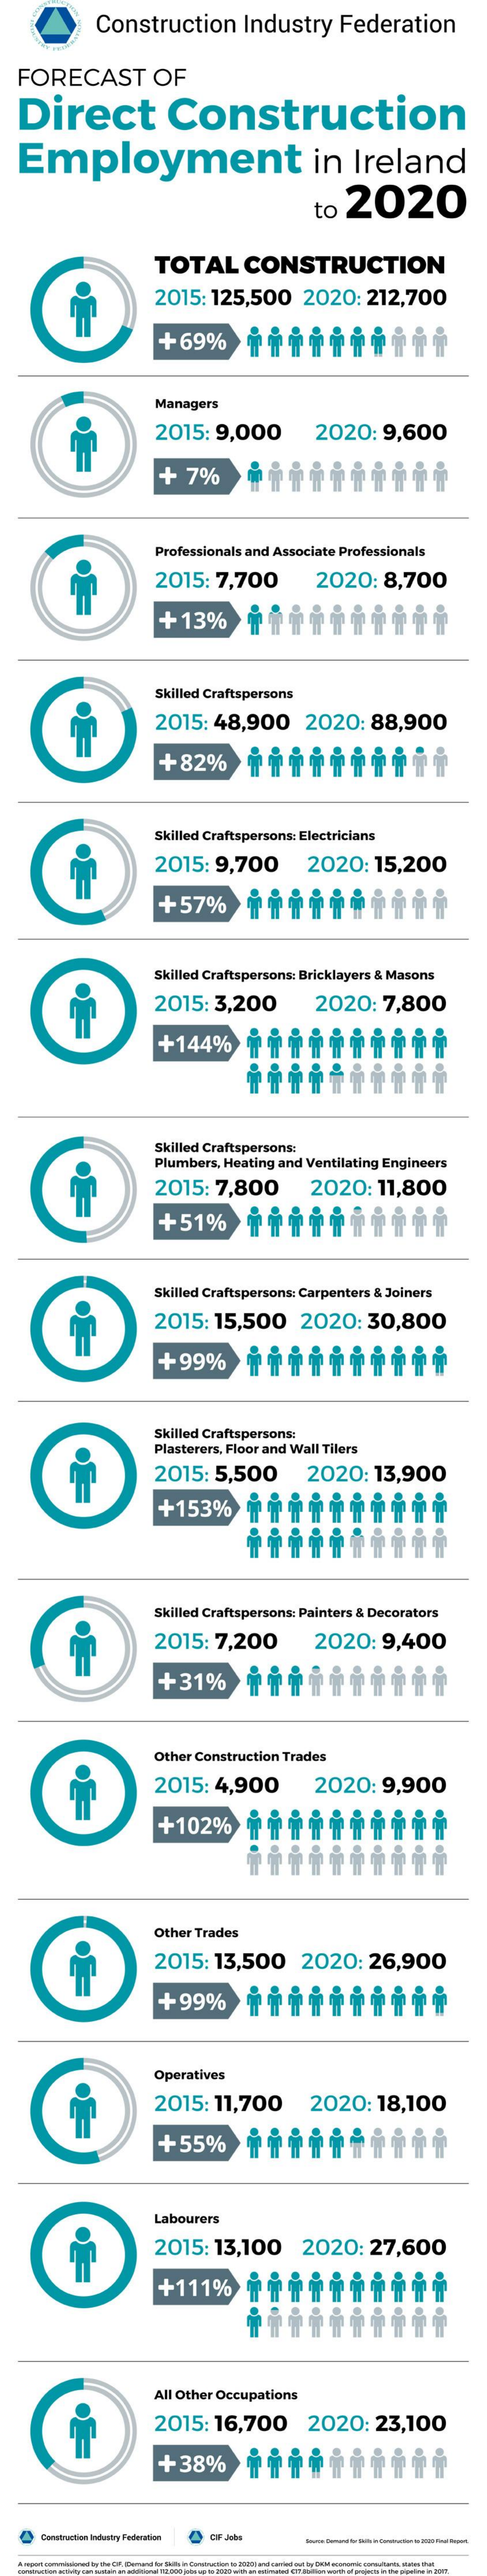
Construction    Industry    Federation
   FORECAST    OF
   Direct    Construction
   Employment    in    Ireland
     to  2020
     TOTAL    CONSTRUCTION
     2015:  125,500    2020:    212,700
     +69%
     Managers
     2015:   9,000    2020:    9,600
     +  7%
     Professionals and Associate Professionals
     2015:   7,700    2020:    8,700
     + 13%
     Skilled Craftspersons
     2015:   48,900    2020:    88,900
     +82%
     Skilled Craftspersons: Electricians
     2015:   9,700    2020:    15,200
     +57%
     Skilled Craftspersons: Bricklayers & Masons
     2015:   3,200    2020:    7,800
     +144%    骨 骨  帝  帝  帝  帝  帝  帝  骨  骨
     Skilled Craftspersons:
     Plumbers, Heating and Ventilating Engineers
     2015:   7,800    2020:   11,800
     + 51%
     Skilled Craftspersons: Carpenters & Joiners
     2015:   15,500    2020:    30,800
     +99%
     Skilled Craftspersons:
     Plasterers, Floor and Wall Tilers
     2015:   5,500    2020:    13,900
     +153%    骨 骨  骨  骨  骨  骨  骨  骨  骨  骨
     Skilled Craftspersons: Painters & Decorators
     2015:   7,200    2020:    9,400
     +31%
     Other Construction Trades
     2015:   4,900    2020:    9,900
     +102%    骨 骨  骨  骨  骨  骨  骨  骨 骨   骨
     Other Trades
     2015:   13,500    2020:    26,900
     +99%
     Operatives
     2015:   11,700    2020:    18,100
     +55%
     Labourers
     2015:   13,100    2020:    27,600
     +111%    Tiiiii    ****
     All Other Occupations
     2015:   16,700    2020:    23,100
     +38%
     Gartruction Industry Federation CAF Jobs